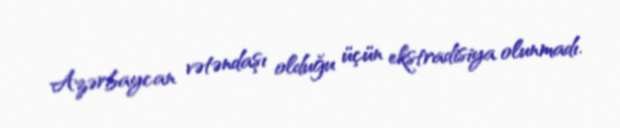
Azərbaycan vətəndaşı olduğu üçün ekstradisiya olunmadı.